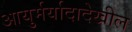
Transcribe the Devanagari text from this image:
आयुर्मर्यादादेखील